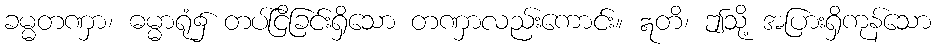
ခမ္မတဏှာ၊ ဓမ္မာရုံ၌ တပ်ငြိခြင်းရှိသော တဏှာလည်းကောင်း။ ဣတိ၊ ဤသို့ အပြားရှိကုန်သော